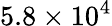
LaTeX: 5.8\times 10^{4}